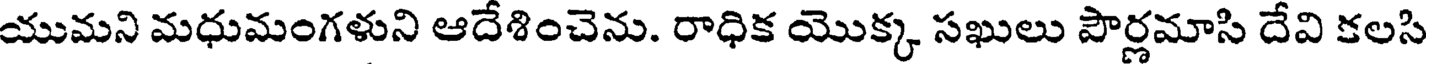
యుమని మధుమంగళుని ఆదేశించెను. రాధిక యొక్క సఖులు పౌర్లమాసి దేవి కలసి